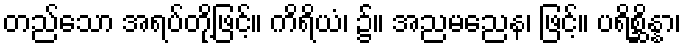
တည်သော အရပ်တို့ဖြင့်။ ကိရိယံ၊ ၌။ အညမညေန၊ ဖြင့်။ ပရိစ္ဆိန္နာ၊